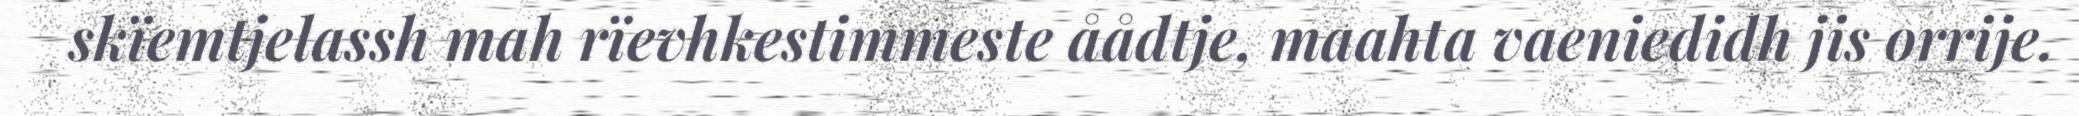
skïemtjelassh mah rïevhkestimmeste åådtje, maahta vaeniedidh jis orrije.